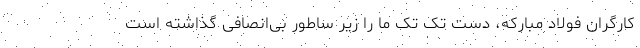
کارگران فولاد مبارکه، دست تک تک ما را زیر ساطور بی‌انصافی گذاشته است